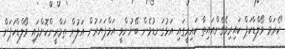
"ކެރަމް ވޯލްޑްކަޕް ކައިރިވެގެންއައިތާ ކައިރީގައި އަޅުގަނޑުމެން ބޭނުންވީ އަމްޕަޔަރުން އަލުން ތަމްރީންކޮށްފައި ވޯލްޑްކަޕަށް